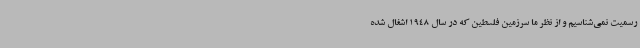
رسمیت نمی‌شناسیم و از نظر ما سرزمین فلسطین که در سال 1948 اشغال شده